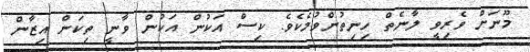
މޫނަށް ވެރިވީ ލާނެތް ހިނިތުންވުމެކެވެ. ކިސް އަކުން އަކުން ވާނީ ތިކަން އިޒާން